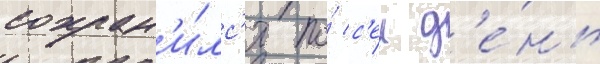
сохран'и́лс'я по́ с'еи д'е́нь